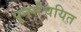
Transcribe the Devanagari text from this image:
पुनर्संचयित